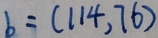
b = ( 1 1 4 , 7 6 )